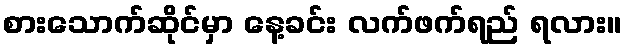
စားသောက်ဆိုင်မှာ နေ့ခင်း လက်ဖက်ရည် ရလား။